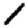
Digit: 1